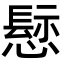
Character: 𢡪